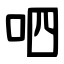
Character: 呬